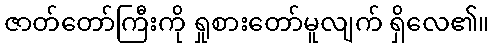
ဇာတ်တော်ကြီးကို ရှုစားတော်မူလျက် ရှိလေ၏။